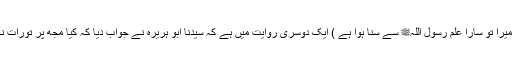
(جواس میں دیکھ کر یہ روایت میں نے حاصل کی ہو میرا تو سارا علم رسول اللہﷺ سے سنا ہوا ہے ) ایک دوسری روایت میں ہے کہ سیدنا ابو ہریرہؓ نے جواب دیا کہ کیا مجھ پر تورات نازل ہوتی ہے (جس سے پڑھ کر میں تمہیں بتاتا ہوں)؟